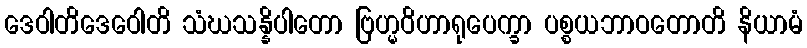
ဒေဝါတိဒေဝေါတိ သံဃသန္နိပါတော ဗြဟ္မဝိဟာရုပေက္ခာ ပစ္စယဘာဝတောတိ နိယာမံ